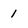
Character: 1